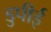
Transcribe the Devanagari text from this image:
डुपीई